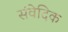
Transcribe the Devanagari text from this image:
संवेदिक